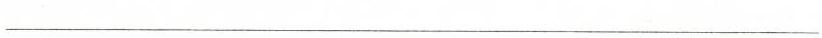
___